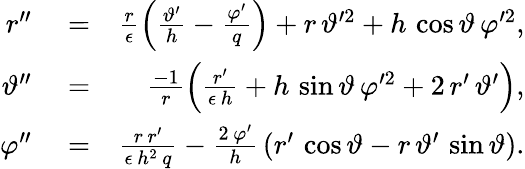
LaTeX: \begin{array}{rlr}{r^{\prime\prime}}&{{}=}&{\frac{r}{\epsilon}\left(\frac{\vartheta^{\prime}}{h}-\frac{\varphi^{\prime}}{q}\right)+r\, \vartheta^{\prime 2}+h\, \cos\vartheta\, \varphi^{\prime 2},}\\ {\vartheta^{\prime\prime}}&{{}=}&{\frac{-1}{r}\left(\frac{r^{\prime}}{\epsilon\, h}+h\, \sin\vartheta\, \varphi^{\prime 2}+2\, r^{\prime}\, \vartheta^{\prime}\right),}\\ {\varphi^{\prime\prime}}&{{}=}&{\frac{r\, r^{\prime}}{\epsilon\, h^{2}\, q}-\frac{2\, \varphi^{\prime}}{h}\, \left(r^{\prime}\, \cos\vartheta-r\, \vartheta^{\prime}\, \sin\vartheta\right).}\end{array}